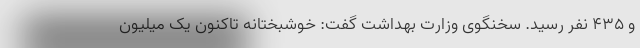
و ۴۳۵ نفر رسید. سخنگوی وزارت بهداشت گفت: خوشبختانه تاکنون یک میلیون